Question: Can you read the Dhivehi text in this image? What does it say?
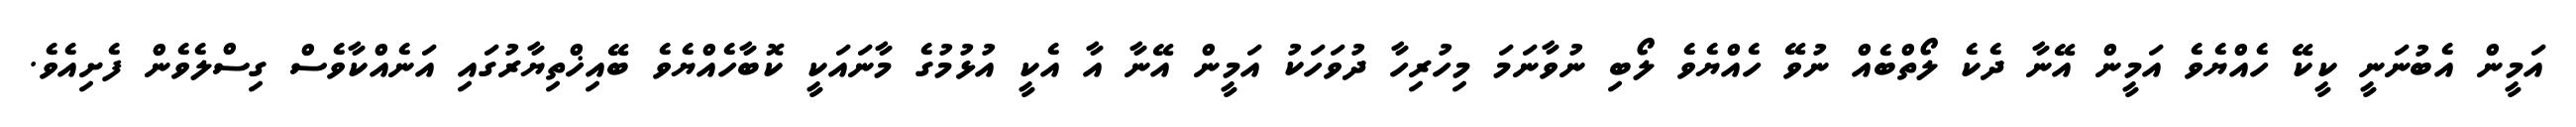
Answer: އަމީން އެބުނަނީ ކީކޭ ހެއްޔެވެ އަމީން އޭނާ ދެކެ ލޯތްބެއް ނުވޭ ހެއްޔެވެ ލޯބި ނުވާނަމަ މިހުރިހާ ދުވަހަކު އަމީން އޭނާ އާ އެކީ އުޅުމުގެ މާނައަކީ ކޮބާހެއްޔެވެ ބޭއިޚްތިޔާރުގައި އަނެއްކާވެސް ގިސްލެވެން ފެށިއެވެ.